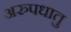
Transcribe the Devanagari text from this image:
अरुपधातु